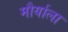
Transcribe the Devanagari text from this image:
मौर्याला